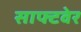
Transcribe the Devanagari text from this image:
साफ्टवेर